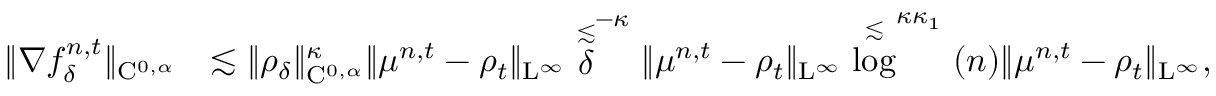
\begin{array} { r l } { \| \nabla f _ { \delta } ^ { n , t } \| _ { \mathrm { C } ^ { 0 , \alpha } } } & { \lesssim \| \rho _ { \delta } \| _ { \mathrm { C } ^ { 0 , \alpha } } ^ { \kappa } \| \mu ^ { n , t } - \rho _ { t } \| _ { \mathrm { L } ^ { \infty } } \stackrel { \lesssim } \delta ^ { - \kappa } \| \mu ^ { n , t } - \rho _ { t } \| _ { \mathrm { L } ^ { \infty } } \stackrel { \lesssim } \log ^ { \kappa \kappa _ { 1 } } ( n ) \| \mu ^ { n , t } - \rho _ { t } \| _ { \mathrm { L } ^ { \infty } } , } \end{array}